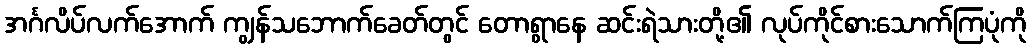
အင်္ဂလိပ်လက်အောက် ကျွန်သဘောက်ခေတ်တွင် တောရွာနေ ဆင်းရဲသားတို့၏ လုပ်ကိုင်စားသောက်ကြပုံကို